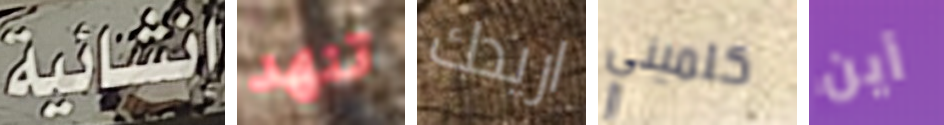
انشائية تنهد اريدك كلميني أين